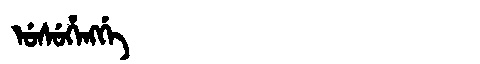
Manchu: ᡠᠰᡠᡥᡝᠩᡤᡝ
Romanization: USUHENGGE